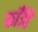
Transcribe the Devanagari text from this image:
काँति